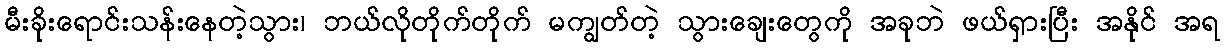
မီးခိုးရောင်းသန်းနေတဲ့သွား၊ ဘယ်လိုတိုက်တိုက် မကျွတ်တဲ့ သွားချေးတွေကို အခုဘဲ ဖယ်ရှားပြီး အနိုင် အရ